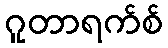
ဂူတာရက်စ်